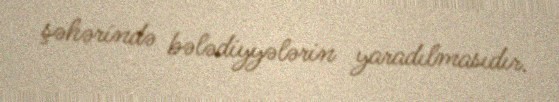
şəhərində bələdiyyələrin yaradılmasıdır.